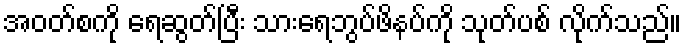
အဝတ်စကို ရေဆွတ်ပြီး သားရေဘွပ်ဖိနပ်ကို သုတ်ပစ် လိုက်သည်။